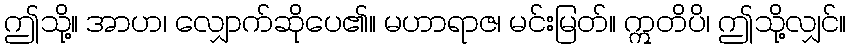
ဤသို့။ အာဟ၊ လျှောက်ဆိုပေ၏။ မဟာရာဇ၊ မင်းမြတ်။ ဣတိပိ၊ ဤသို့လျှင်။